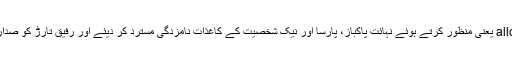
انہوں نے سماعت کے بعد یہ پٹیشن allow یعنی منظور کرتے ہوئے نہائت پاکباز، پارسا اور نیک شخصیت کے کاغذات نامزدگی مسترد کر دیئے اور رفیق تارڑ کو صدارتی الیکشن لڑنے کا نا اہل قرار دے دیا۔